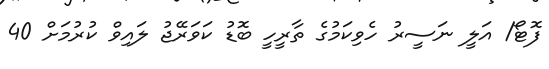
ފޮޓޯ/ އަލީ ނަސީރު ހެވިކަމުގެ ތާރީހީ ބޮޑު ކަވަރޭޖު ލައިވް ކުރުމަށް 40